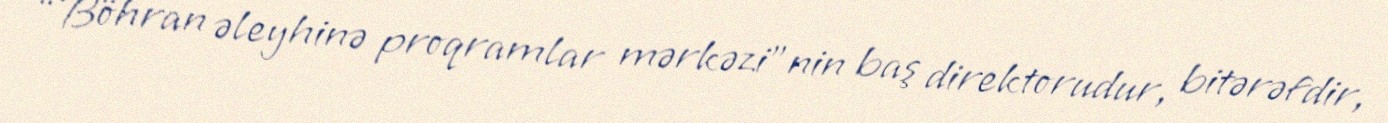
“Böhran əleyhinə proqramlar mərkəzi”nin baş direktorudur, bitərəfdir,